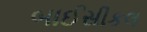
બાઈસીકલ